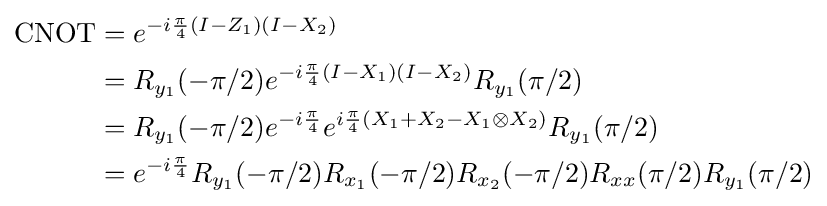
{\begin{aligned}{\mbox{CNOT}}&=e^{-i{\frac {\pi }{4}}(I-Z_{1})(I-X_{2})}\\&=R_{y_{1}}(-\pi /2)e^{-i{\frac {\pi }{4}}(I-X_{1})(I-X_{2})}R_{y_{1}}(\pi /2)\\&=R_{y_{1}}(-\pi /2)e^{-i{\frac {\pi }{4}}}e^{i{\frac {\pi }{4}}(X_{1}+X_{2}-X_{1}\otimes X_{2})}R_{y_{1}}(\pi /2)\\&=e^{-i{\frac {\pi }{4}}}R_{y_{1}}(-\pi /2)R_{x_{1}}(-\pi /2)R_{x_{2}}(-\pi /2)R_{xx}(\pi /2)R_{y_{1}}(\pi /2)\end{aligned}}